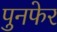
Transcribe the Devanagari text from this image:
पुनफेर